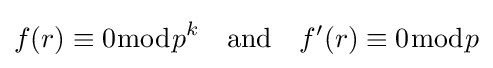
f(r)\equiv 0{\bmod {p}}^{k}\quad {\text{and}}\quad f'(r)\equiv 0{\bmod {p}}